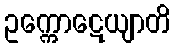
ဥက္ကောဋေယျာတိ